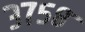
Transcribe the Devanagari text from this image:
३७५८